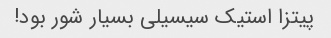
پیتزا استیک سیسیلی بسیار شور بود!